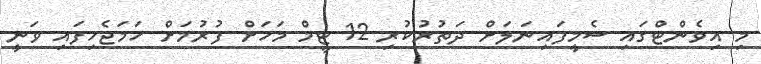
މި އިވެންޓްގައި ސެމީފައިނަލަށް ދަތުރުކުރި 12 ޓީމް މަހަށް ފުރުމަށް ހަމަޖެހިފައި ވަނީ